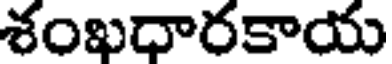
శంఖధారకాయ